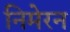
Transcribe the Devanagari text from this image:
निमेरन